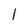
Character: l